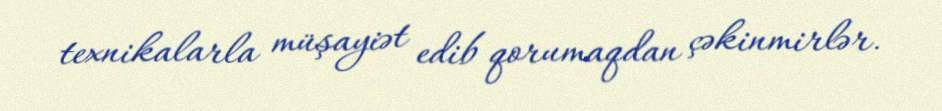
texnikalarla müşayiət edib qorumaqdan çəkinmirlər.